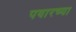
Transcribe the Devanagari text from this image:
पवारच्या